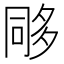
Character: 𭁰